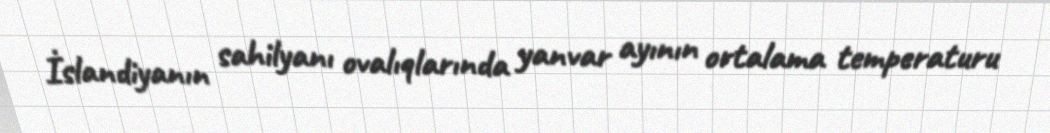
İslandiyanın sahilyanı ovalıqlarında yanvar ayının ortalama temperaturu